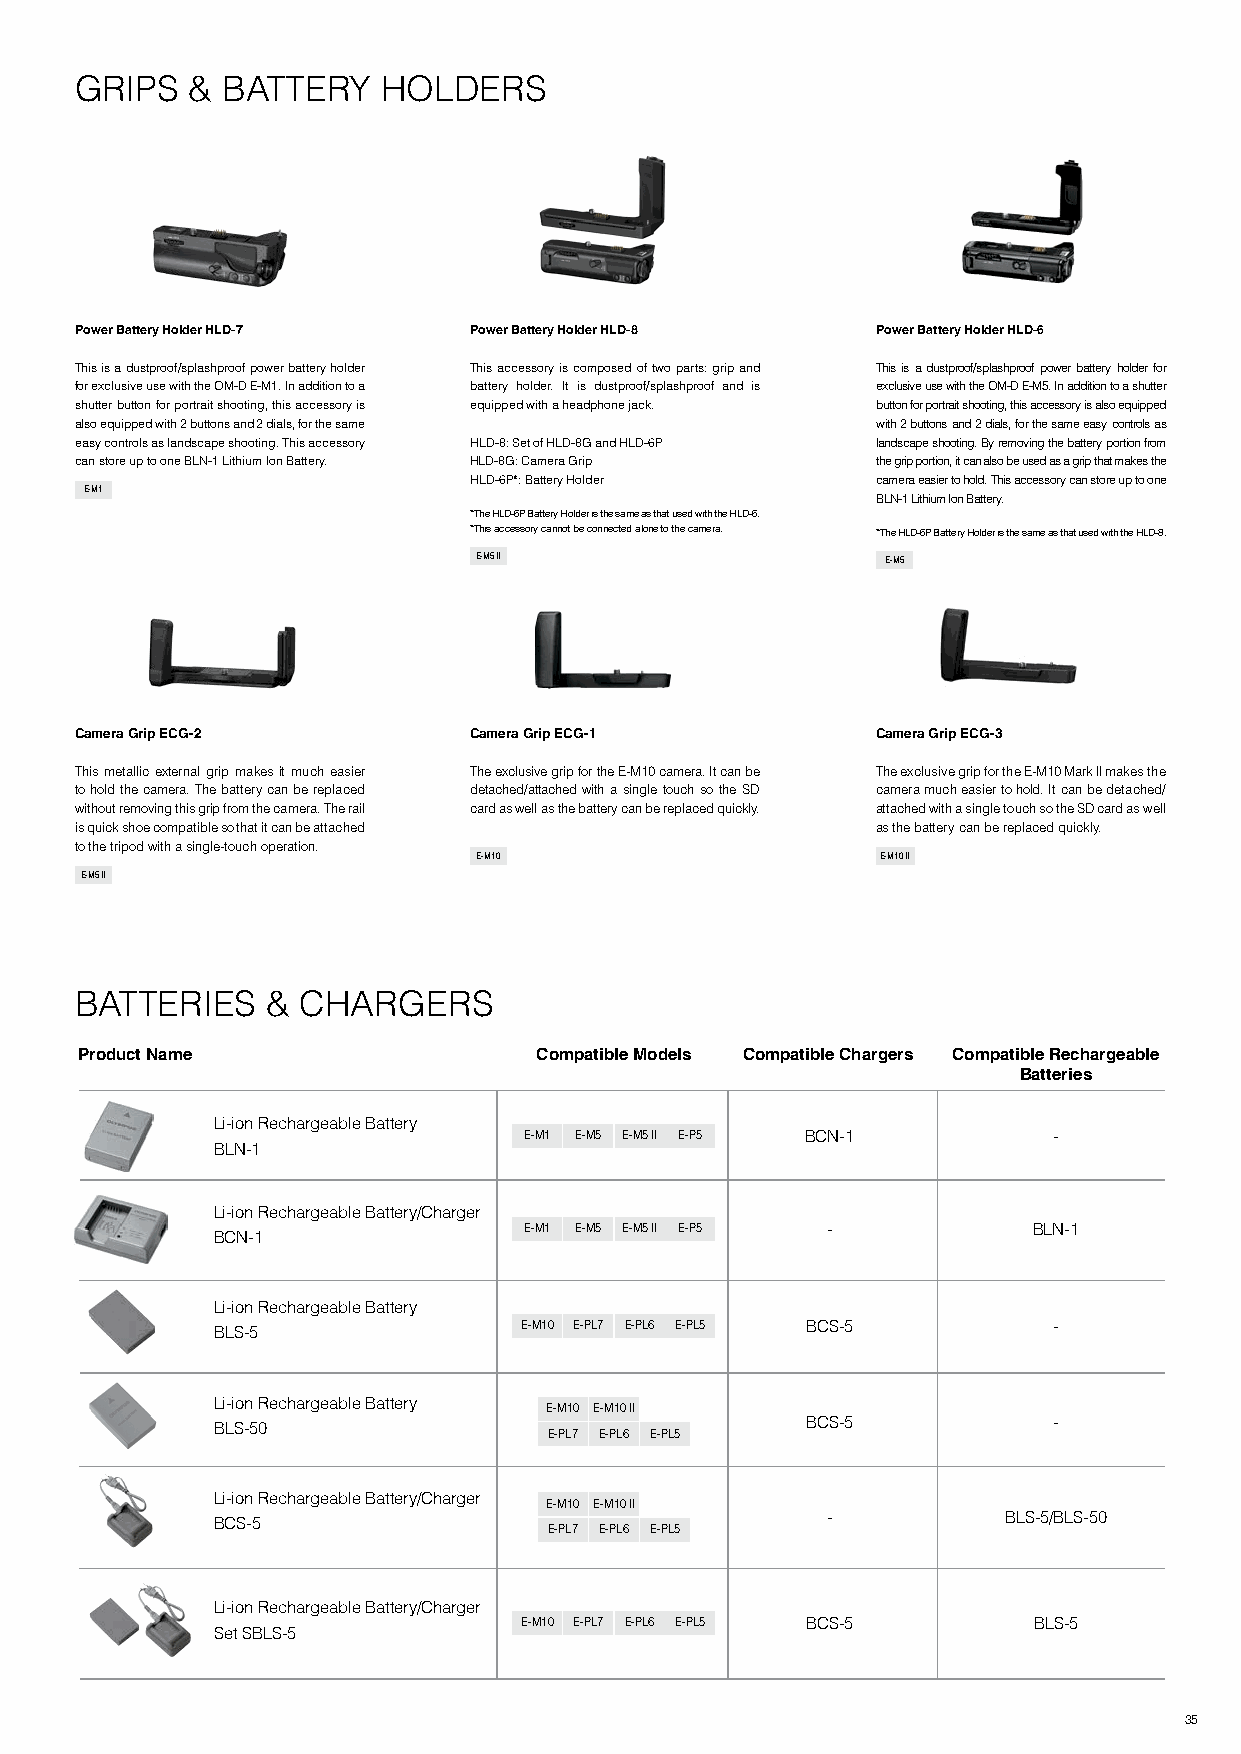
GRIPS   & BATTERY   HOLDERS
 Power Battery Holder HLD-7 Power Battery Holder HLD-8 Power Battery Holder HLD-6
 This is a dustproof/splashproof power battery holder This accessory is composed of two parts: grip and This is a dustproof/splashproof power battery holder for
 for exclusive use with the OM-D E-M1. In addition to a battery holder. It is dustproof/splashproof and is exclusive use with the OM-D E-M5. In addition to a shutter
 shutter button for portrait shooting, this accessory is equipped with a headphone jack. button for portrait shooting, this accessory is also equipped
 also equipped with 2 buttons and 2 dials, for the same with 2 buttons and 2 dials, for the same easy controls as
 easy controls as landscape shooting. This accessory HLD-8: Set of HLD-8G and HLD-6P landscape shooting. By removing the battery portion from
 can store up to one BLN-1 Lithium Ion Battery. HLD-8G: Camera Grip the grip portion, it can also be used as a grip that makes the
 HLD-6P*: Battery Holder    camera easier to hold. This accessory can store up to one
 E-M1
 BLN-1 Lithium Ion Battery.
 *The HLD-6P Battery Holder is the same as that used with the HLD-6.
 *This accessory cannot be connected alone to the camera. *The HLD-6P Battery Holder is the same as that used with the HLD-8.
 E-M5 ll                     E-M5
 Camera Grip ECG-2         Camera Grip ECG-1          Camera Grip ECG-3
 This metallic external grip makes it much easier The exclusive grip for the E-M10 camera. It can be The exclusive grip for the E-M10 Mark ll makes the
 to hold the camera. The battery can be replaced detached/attached with a single touch so the SD camera much easier to hold. It can be detached/
 without removing this grip from the camera. The rail card as well as the battery can be replaced quickly. attached with a single touch so the SD card as well
 is quick shoe compatible so that it can be attached  as the battery can be replaced quickly.
 to the tripod with a single-touch operation.
 E-M10                     E-M10 ll
 E-M5 ll
 BATTERIES    & CHARGERS
 Product Name                  Compatible Models Compatible Chargers Compatible Rechargeable
 Batteries
 Li-ion Rechargeable Battery
 E-M1 E-M5 E-M5 ll E-P5 BCN-1       -
 BLN-1
 Li-ion Rechargeable Battery/Charger
 E-M1 E-M5 E-M5 ll E-P5 -         BLN-1
 BCN-1
 Li-ion Rechargeable Battery
 BLS-5               E-M10 E-PL7 E-PL6 E-PL5 BCS-5       -
 Li-ion Rechargeable Battery
 E-M10 E-M10 ll
 BCS-5            -
 BLS-50
 E-PL7 E-PL6 E-PL5
 Li-ion Rechargeable Battery/Charger
 E-M10 E-M10 ll
 BCS-5                                    -          BLS-5/BLS-50
 E-PL7 E-PL6 E-PL5
 Li-ion Rechargeable Battery/Charger
 E-M10 E-PL7 E-PL6 E-PL5 BCS-5     BLS-5
 Set SBLS-5
 35